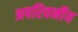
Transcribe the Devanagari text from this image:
अपरिवर्नीय